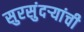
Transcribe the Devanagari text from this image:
सुरसुंदऱ्यांची